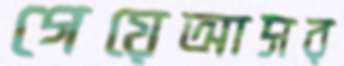
গেয়েআসর